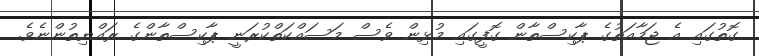
ގޮތުގައި އެ ޖަމާއަތުގެ ޕާކިސްތާން ގޮފީގައި މުޅިން ވެސް މަސައްކަތްކުރަނީ ޕާކިސްތާންގެ ރައްޔިތުންނެވެ.